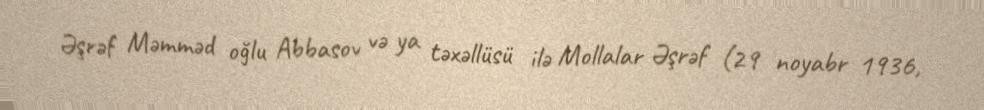
Əşrəf Məmməd oğlu Abbasov və ya təxəllüsü ilə Mollalar Əşrəf (29 noyabr 1936,